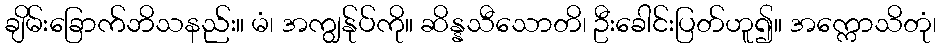
ချိမ်းခြောက်ဘိသနည်း။ မံ၊ အကျွန်ုပ်ကို။ ဆိန္နသီသောတိ၊ ဦးခေါင်းပြတ်ဟူ၍။ အက္ကောသိတုံ၊